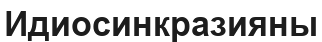
Идиосинкразияны